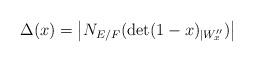
LaTeX: \begin{align*}\displaystyle \Delta(x)=\left\lvert N_{E/F}(\det(1-x)_{\mid W''_x})\right\rvert\end{align*}